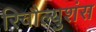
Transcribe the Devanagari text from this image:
रिवौल्युशंस